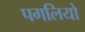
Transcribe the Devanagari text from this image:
पगलियो